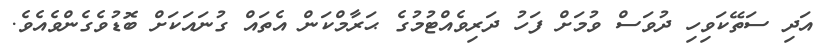
އަދި ސަތޭކަވިހި ދުވަސް ވުމަށް ފަހު ދަރިވެއްޓުމުގެ ޙަރާމްކަން އެތައް ގުނައަކަށް ބޮޑުވެގެންވެއެވެ.